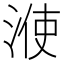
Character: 𣷱